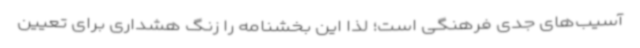
آسیب‌های جدی فرهنگی است؛ لذا این بخشنامه را زنگ هشداری برای تعیین